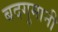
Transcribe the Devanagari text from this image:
बदगुमानी